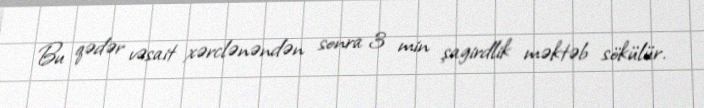
Bu qədər vəsait xərclənəndən sonra 3 min şagirdlik məktəb sökülür.